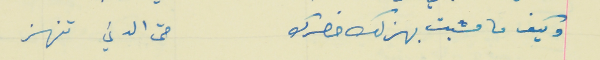
وكيف ما مشيت بهذلك خصرك                                   حتى الدني تنهز